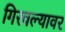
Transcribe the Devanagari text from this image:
गिरवल्यावर